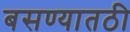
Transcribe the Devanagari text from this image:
बसण्यातठी